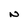
Character: N